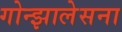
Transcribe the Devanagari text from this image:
गोन्झालेसना